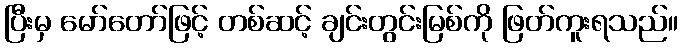
ပြီးမှ မော်တော်ဖြင့် တစ်ဆင့် ချင်းတွင်းမြစ်ကို ဖြတ်ကူးရသည်။